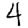
Digit: 4